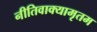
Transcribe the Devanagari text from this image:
नीतिवाक्यामृतम